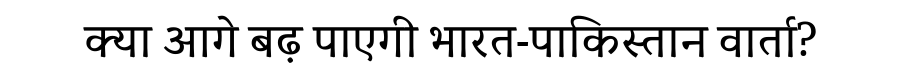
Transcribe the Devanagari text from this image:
क्या आगे बढ़ पाएगी भारत-पाकिस्तान वार्ता?